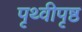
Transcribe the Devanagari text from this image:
पृथ्वीपृष्ठ